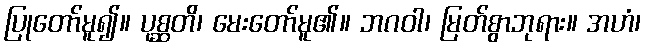
ပြုတော်မူ၍။ ပုစ္ဆတိ၊ မေးတော်မူ၏။ ဘဂဝါ၊ မြတ်စွာဘုရား။ အဟံ၊